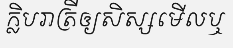
ក្លិបរាត្រីឲ្យសិស្សមើលឬ